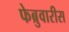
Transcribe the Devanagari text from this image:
फेब्रुवारीस